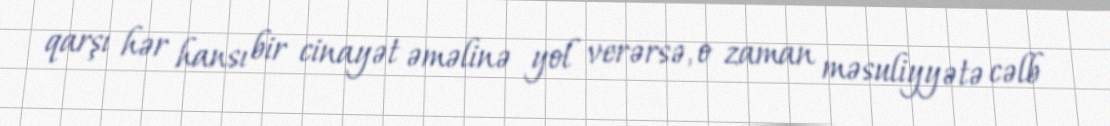
qarşı hər hansı bir cinayət əməlinə yol verərsə, o zaman məsuliyyətə cəlb